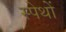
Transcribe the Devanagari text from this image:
स्पेथों